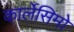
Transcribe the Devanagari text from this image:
कार्लेसिमो